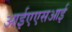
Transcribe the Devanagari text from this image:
आईएएसआई